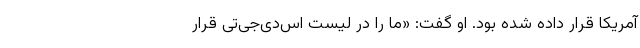
آمریکا قرار داده شده بود. او گفت: «ما را در لیست اس‌دی‌جی‌تی قرار